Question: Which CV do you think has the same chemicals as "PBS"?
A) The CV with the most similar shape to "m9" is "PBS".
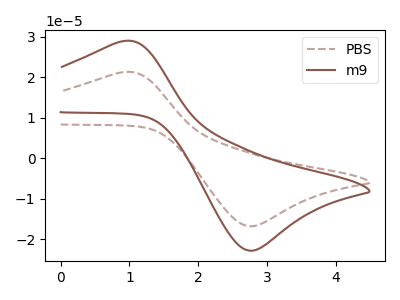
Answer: <think>The brown dashed curve "PBS" has an anodic peak at (0.90V, 21.25uA) and a cathodic peak at (2.80V, -16.75uA). The brown curve "m9" has an anodic peak at (0.90V, 28.90uA) and a cathodic peak at (2.80V, -22.75uA).
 All the peaks in "PBS" have a peak in "m9" at the same potential. Every peak in "PBS" is lower than every peak in "m9".</think>
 <answer>A) The CV with the most similar shape to "m9" is "PBS".</answer>
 <eval>A</eval>